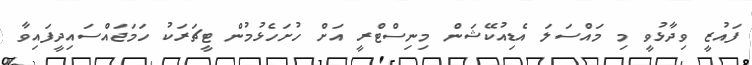
ފައުޒީ ވިދާޅުވީ މި މައްސަލަ އެޑިއުކޭޝަން މިނިސްޓްރީ އަށް ހުށަހެޅުމުން ޓީޗަރަކު ހަމަޖައްސައިދީފައިވާ